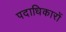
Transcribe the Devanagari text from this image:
पदाधिकारों